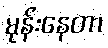
မုန်းနေတာ